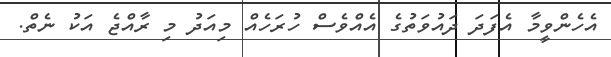
އެހެންވީމާ އެފަދަ ދައުވަތުގެ އެއްވެސް ހުރަހެއް މިއަދު މި ރާއްޖެ އަކު ނެތް.